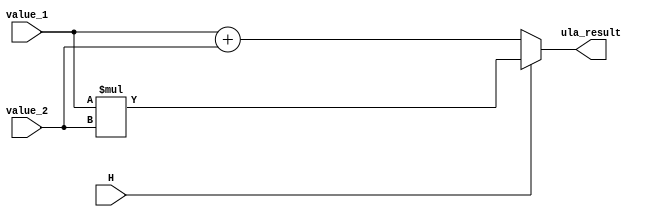
module ULA(value_1, value_2, H, ula_result);

  input [15:0] value_1, value_2;
  output reg [15:0] ula_result;
  input H;

	always @ (value_1 or value_2 or H) begin
		if (H == 1)
      ula_result = value_1 * value_2;
    else
      ula_result = value_1 + value_2;
	end

endmodule